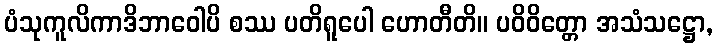
ပံသုကူလိကာဒိဘာဝေါပိ စဿ ပတိရူပေါ ဟောတီတိ။ ပဝိဝိတ္တော အသံသဋ္ဌော,